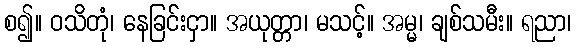
စ၍။ ဝသိတုံ၊ နေခြင်းငှာ။ အယုတ္တာ၊ မသင့်။ အမ္မ၊ ချစ်သမီး။ ရညာ၊